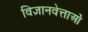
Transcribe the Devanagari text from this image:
विज्ञानवेत्ताओं